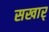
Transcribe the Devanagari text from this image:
सखार्